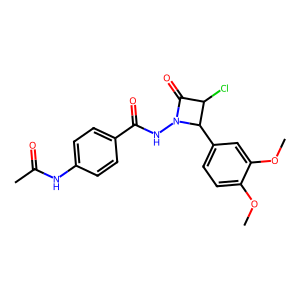
SMILES: COc1ccc(C2C(Cl)C(=O)N2NC(=O)c2ccc(NC(C)=O)cc2)cc1OC
Inhibits HIV replication: No